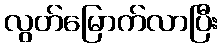
လွတ်မြောက်လာပြီး